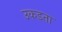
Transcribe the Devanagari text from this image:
उकडता